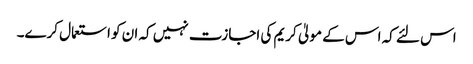
اس لئے کہ اس کے مولیٰ کریم کی اجازت نہیں کہ ان کو استعمال کرے۔